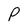
Character: P